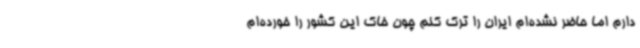
دارم اما حاضر نشده‌ام ایران را ترک کنم چون خاک این کشور را خورده‌ام